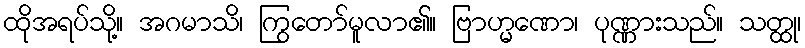
ထိုအရပ်သို့။ အဂမာသိ၊ ကြွတော်မူလာ၏။ ဗြာဟ္မဏော၊ ပုဏ္ဏားသည်။ သတ္ထု၊